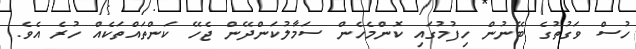
ހުސް ވަގުތުގެ ބޭނުން ހިފުމުގައި ކޮންމެހެން ސަމާލުކަންދޭން ޖެހޭ ކަންތައްތަކެއް ހުރެ އެވެ.